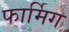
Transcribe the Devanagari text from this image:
फार्मिग